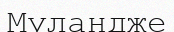
Муландже